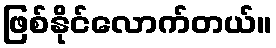
ဖြစ်နိုင်လောက်တယ်။